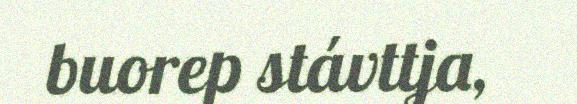
buorep stávttja,